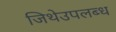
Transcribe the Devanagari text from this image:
जिथेउपलब्ध